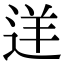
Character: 𨒫